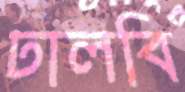
ঢালবি